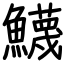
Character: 鱴